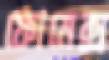
ফোমেক্স